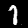
Label: 1